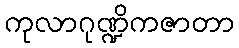
ကုလာဂုဏ္ဍိကဇာတာ